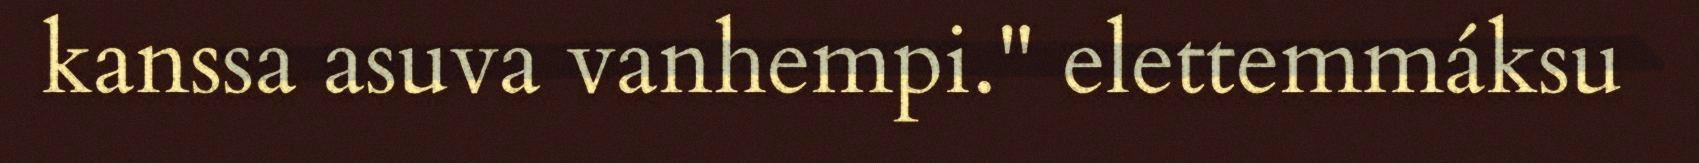
kanssa asuva vanhempi." elettemmáksu